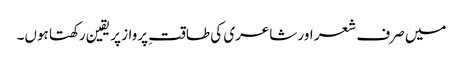
میں صرف شعر اور شاعری کی طاقتِ پرواز پر یقین رکھتا ہوں۔